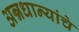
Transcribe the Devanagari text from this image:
अन्नधान्यांचे